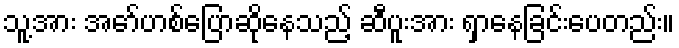
သူ့အား အော်ဟစ်ပြောဆိုနေသည့် ဆီပူးအား ရှာနေခြင်းပေတည်း။